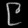
Digit: ၉